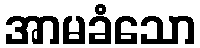
အာမခံသော